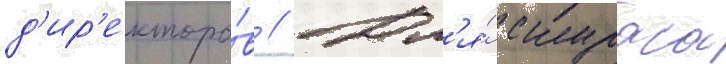
д'ир'екторо́в // Дл'я́ скураса